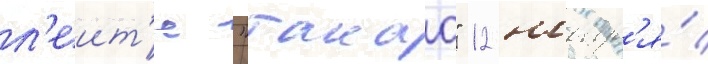
л'еит'е "такао" 12 ноабр'я́